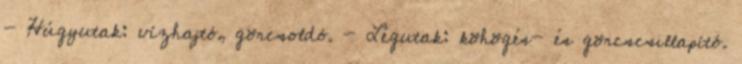
- Húgyutak: vízhajtó, görcsoldó. - Légutak: köhögés- és görcscsillapító.